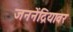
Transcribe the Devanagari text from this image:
जननेंद्रियावर